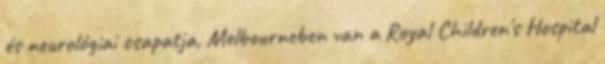
és neurológiai csapatja, Melbourneben van a Royal Children's Hospital